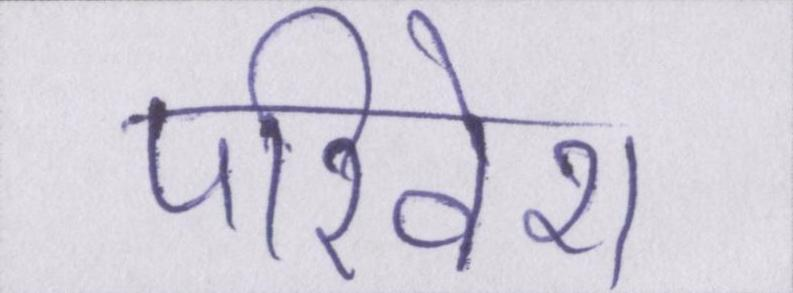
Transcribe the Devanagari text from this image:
परिवेश